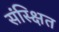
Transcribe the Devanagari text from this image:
संस्क्षित